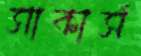
সাকার্স